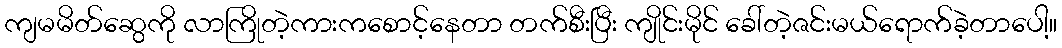
ကျမမိတ်ဆွေကို လာကြိုတဲ့ကားကစောင့်နေတာ တက်စီးပြီး ကျိုင်းမိုင် ခေါ်တဲ့ဇင်းမယ်ရောက်ခဲ့တာပေါ့။